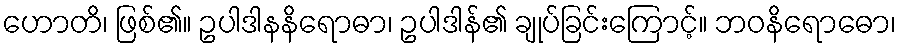
ဟောတိ၊ ဖြစ်၏။ ဥပါဒါနနိရောဓာ၊ ဥပါဒါန်၏ ချုပ်ခြင်းကြောင့်။ ဘဝနိရောဓော၊